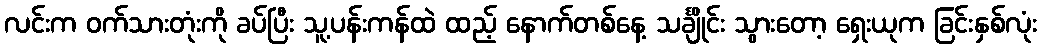
လင်းက ဝက်သားတုံးကို ခပ်ပြီး သူ့ပန်းကန်ထဲ ထည့် နောက်တစ်နေ့ သင်္ချိုင်း သွားတော့ ရှေးယုက ခြင်းနှစ်လုံး